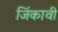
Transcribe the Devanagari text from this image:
जिंकावी